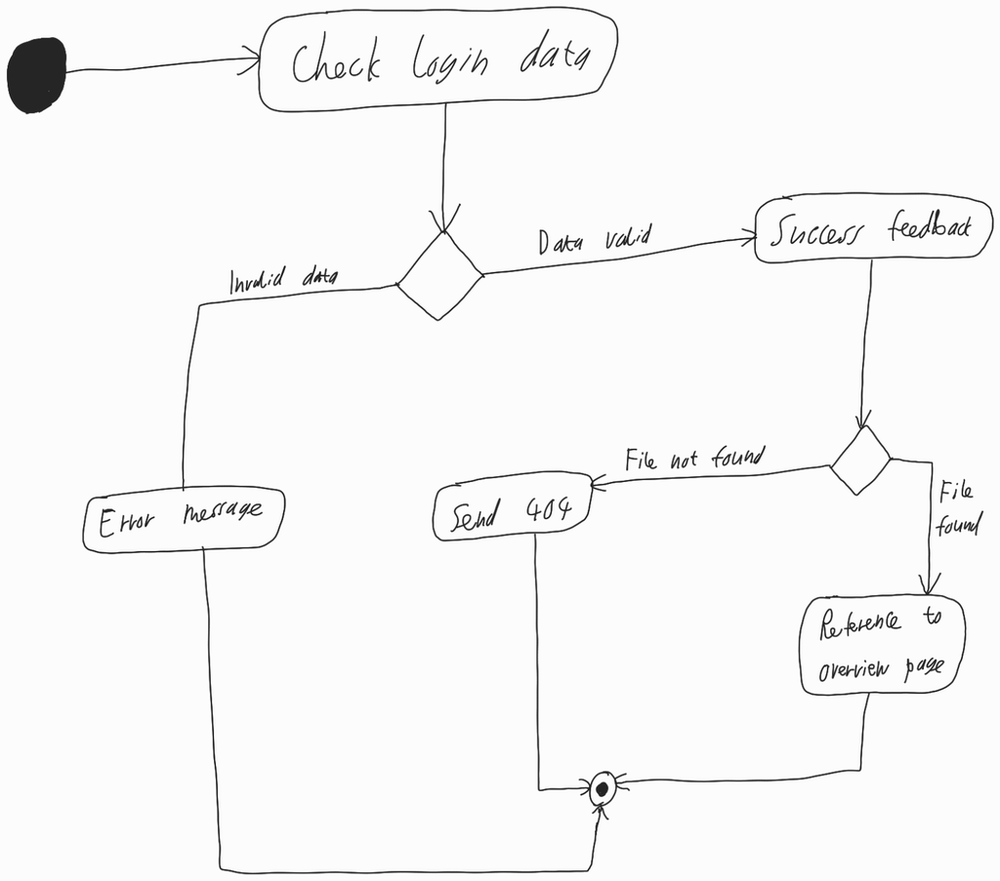
Diagram type: activity_diagram
```plantuml
@startuml

start

:Check login data;

if () then (Invalid data)
  :Error message;
else (Data valid)
  :Success feedback;
  if () then (File not found)
    :Send 404;
  else (File found)
    :Reference to overview page;
  endif
endif

stop

@enduml
```